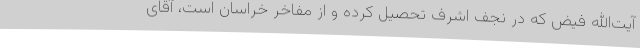
آیت‌الله فیض که در نجف اشرف تحصیل کرده و از مفاخر خراسان است، آقای